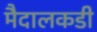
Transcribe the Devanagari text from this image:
मैदालकडी